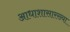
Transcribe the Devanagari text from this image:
आधाशासारख्या